Leningradi_Edasi_toimetus, lk 138
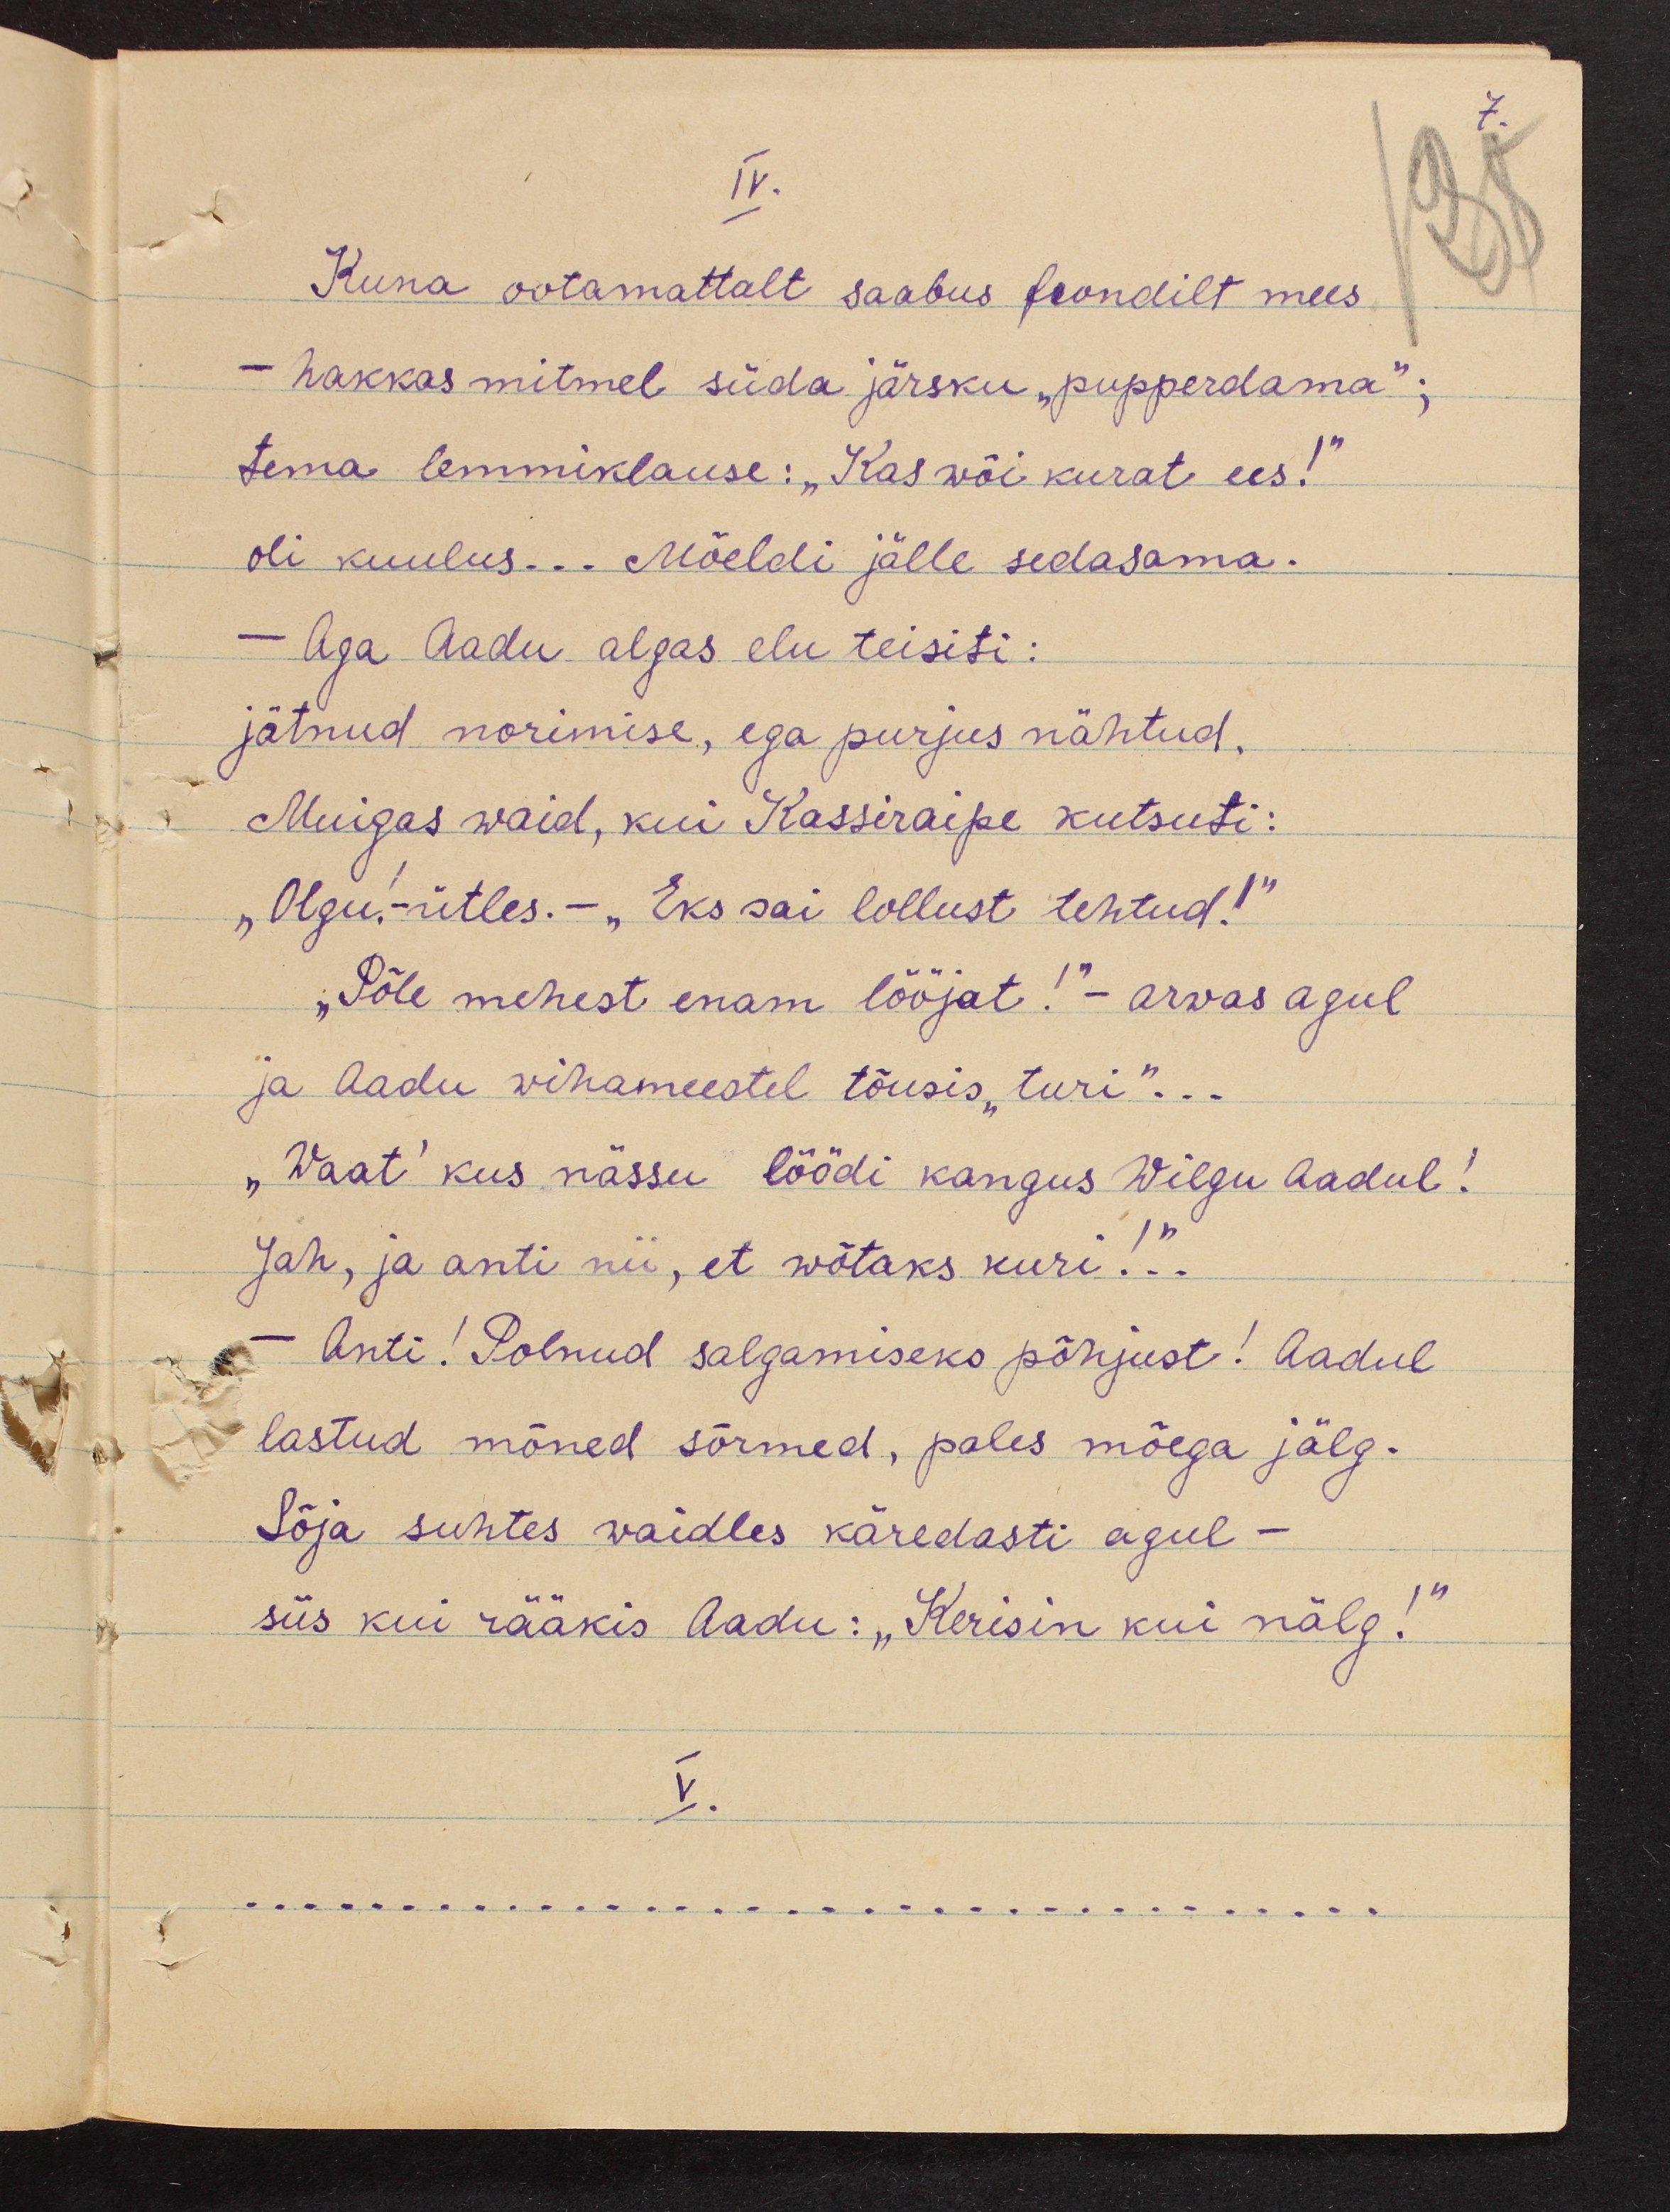
7.

IV.
Kuna ootamattalt saabus frondilt mees.
- hakkas mitmel süda järsku "pupperdama";
tema lemmiklause: "Kas wõi kurat ees!"
oli kuulus... Mõeldi jälle sedasama.
- Aga Aadu algas elu teisiti:
jätnud norimise, ega purjus nähtud.
Muigas waid, kui Kassiraipe kutsuti:
"Olgu!-ütles.- "Eks sai lollust tehtud!"
„Põle mehest enam lööjat!“ arwas agul
ja Aadu wihameestel tõusis "turi"...
"Waat" kus nässu löödi kangus Wilgu Aadul!
Jah, ja anti nii, et wõtaks kuri!"...
- Anti! Polnud salgamiseks põhjust! Aadul
lastud mõned sõrmed, pales mõega jälg.
Sõja suhtes waidles käredasti agul -
siis kui rääkis Aadu: "Kerisin kui nälg!"
V.